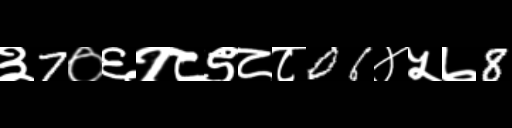
Text: ३7०६१८९८८06४५७8